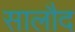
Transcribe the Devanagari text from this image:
सालौद